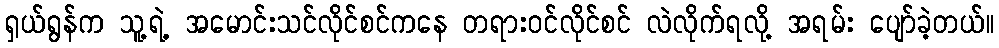
ရှယ်ရွန်က သူ့ရဲ့ အမောင်းသင်လိုင်စင်ကနေ တရားဝင်လိုင်စင် လဲလိုက်ရလို့ အရမ်း ပျော်ခဲ့တယ်။